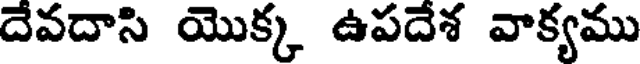
దేవదాసి యొక్క ఉపదేశ వాక్యము